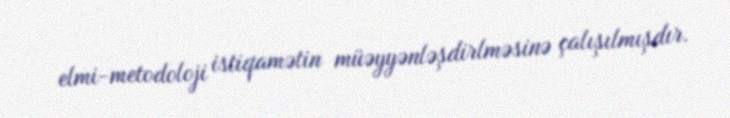
elmi-metodoloji istiqamətin müəyyənləşdirlməsinə çalışılmışdır.